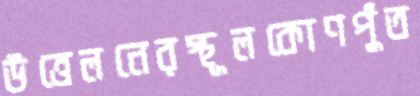
উত্তেলনেরস্থূলকোণপুঁত